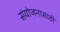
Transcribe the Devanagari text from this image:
संयोजनासाठी